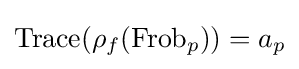
\operatorname {Trace} (\rho _{f}(\operatorname {Frob} _{p}))=a_{p}